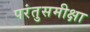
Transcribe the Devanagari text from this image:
परंतुसमीक्षा